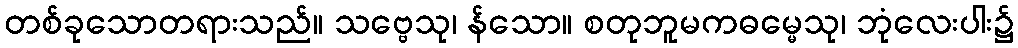
တစ်ခုသောတရားသည်။ သဗ္ဗေသု၊ န်သော။ စတုဘူမကဓမ္မေသု၊ ဘုံလေးပါး၌